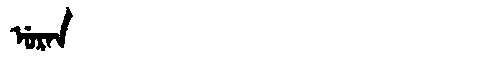
Manchu: ᡠᡵᠠᠨ
Romanization: URAN